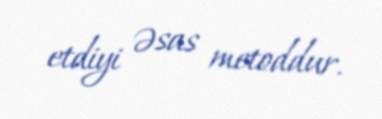
etdiyi əsas metoddur.